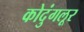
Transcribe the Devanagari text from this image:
कोदुंगलूर